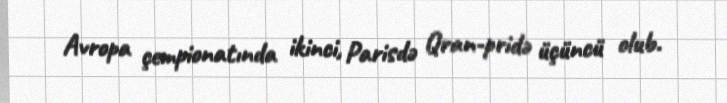
Avropa çempionatında ikinci, Parisdə Qran-pridə üçüncü olub.